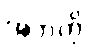
အဘကို